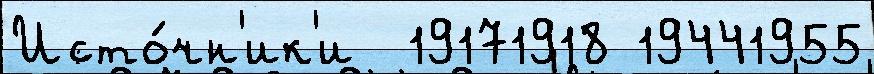
Исто́чн'ик'и  19171918 19441955